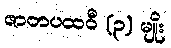
ဇာတပထဝီ (၃) မျိုး